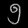
Digit: ၅